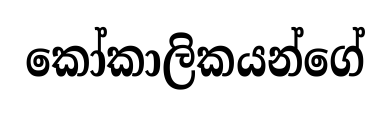
කෝකාලිකයන්ගේ